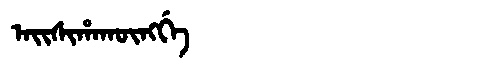
Manchu: ᠠᡳᠰᡳᡥᠠᡴᡡᠩᡤᡝ
Romanization: AISIHAKŪNGGE